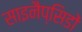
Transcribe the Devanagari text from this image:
साइनैप्सिडों